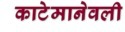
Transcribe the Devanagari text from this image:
काटेमानेवली